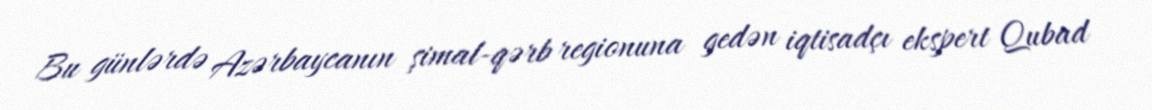
Bu günlərdə Azərbaycanın şimal-qərb regionuna gedən iqtisadçı ekspert Qubad